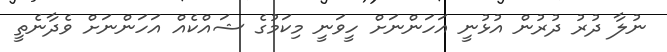
ނުލާ ދުރު ދުރުން އުޅުނީ އަހަންނަށް ހީވަނީ މިކަމުގެ ޝައްކެއް އަހަންނަށް ވެދާނެތީ